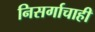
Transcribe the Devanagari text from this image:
निसर्गाचाही